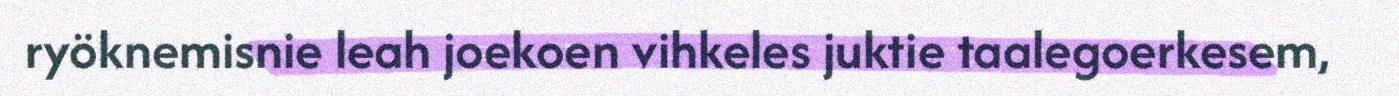
ryöknemisnie leah joekoen vihkeles juktie taalegoerkesem,